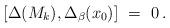
LaTeX: \begin{align*}[\Delta( M_k ) , \Delta_\beta( x_0 ) ] \ = \ 0\, .\end{align*}